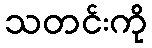
သတင်းကို